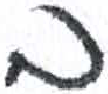
אות: ב